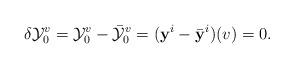
LaTeX: \begin{align*}\delta\mathcal{Y}^{v}_0={\mathcal{Y}}^v_0-\bar{\mathcal{Y}}^v_0=(\mathbf{y}^{i}-\bar{\mathbf{y}}^{i})(v)=0.\end{align*}